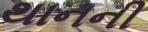
થાનની